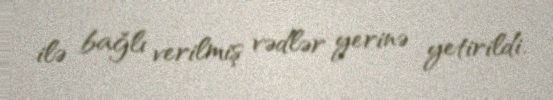
ilə bağlı verilmiş vədlər yerinə yetirildi.